Report on horse surra - Volume I
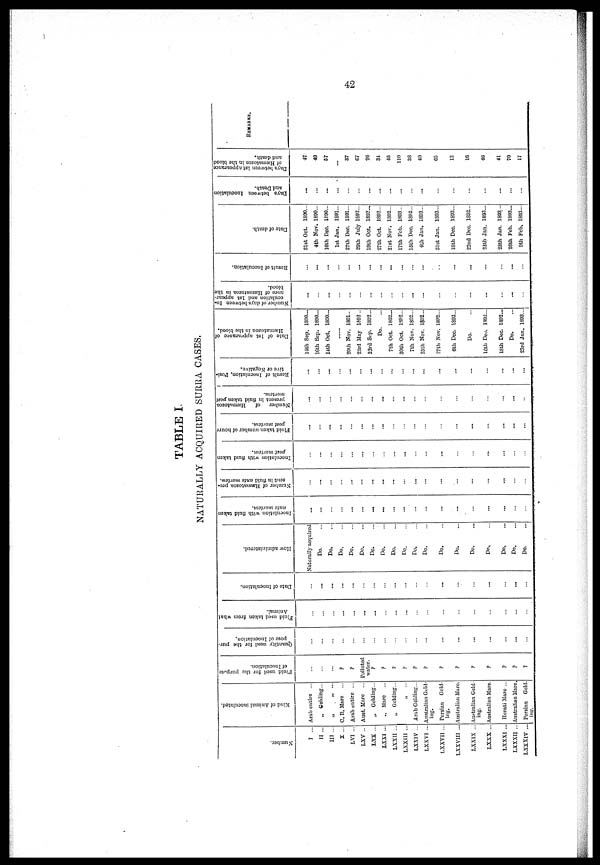
TABLE I
NATURALLY ACQUIRED SURRA CASES.
Number.
I ...
II ...
III ...
X ...
LVI ...
LXV ..
LXX ...
LXXI ...
LXXII ...
LXXIII ...
LXXIV ...
LXXVI ...
LXXVII ...
LXXVIII ...
LXXIX ...
LXXX ...
LXXXI ...
LXXXII ...
LXXXIV ...
Kind of Animal inoculated.
Arab entire ...
„ Gelding...
„ „ ...
C. B. Mare ...
Arab entire ...
Aust. Marc ...
„ Gelding...
., Marc ...
„ Golding...
„ ...
Arab Gelding...
Australian Geld-
ing.
Persian Geld-
ing.
Australian Marc.
Australian Geld-
ing.
Australian Mare.
Herati Mare ...
Australian Mare.
Persian Geld-
ing.
Fluid used lor the purpose
of Inoculation.
...
...
...
?
?
Polluted
water.
?
?
?
?
?
?
?
?
?
?
?
?
?
Quantity used for the pur.
pose of Inoculation.
...
...
...
...
...
...
...
...
...
...
...
...
...
...
...
...
...
...
...
Fluid used taken from what
Animal.
...
...
...
...
...
...
...
...
...
...
...
...
...
...
...
...
...
...
...
Date of Inoculation.
...
...
...
...
...
...
...
...
...
...
...
...
...
...
...
...
...
...
...
How administered.
Naturally acquired
Do.
Do.
Do.
Do.
Do.
Do.
Do.
Do.
Do.
Do.
Do.
Do.
Do.
Do.
Do.
Do.
Do.
Do.
Inoculation with fluid taken
ante mortem.
...
...
...
...
...
...
...
...
...
...
...
...
...
...
...
...
...
...
...
Number of Hæmatozoa pre-
sent in fluid ante mortem.
...
...
...
...
...
...
...
...
...
...
...
...
...
...
...
...
...
...
...
Inoculation with fluid taken
post mortem.
...
...
...
...
...
...
...
...
...
...
...
...
...
...
...
....
...
...
...
Fluid taken number of hours
post mortem.
...
...
...
...
...
...
...
...
...
...
...
...
...
...
...
...
...
...
...
Number of Hæmatozoa
present in fluid taken post
mortem.
...
...
...
...
...
...
...
...
...
...
...
...
...
...
...
...
...
...
...
Result of Inoculation, Posi-
tive or Negative.
...
...
...
...
...
...
...
...
...
...
...
...
...
...
...
...
...
...
...
Date of 1st appearance of
Hæmatozoa
in the blood.
14th Sep. 1890...
16th Sep. 1890...
14th Oct. 1800...
......
20th Nov. 1801..
23rd May 1802 ..
23rd Sep. 1892...
Do.
7th Oct. 1892...
30th Oct. 1892...
7th Nov. 1892...
25th Nov. 1892...
27th Nov. 1892...
6th Dec. 1892...
Do.
10th Dec. 1892...
18th Dec. 1892...
Do.
23rd Jan. 1893...
Number of days between In.
oculation and 1st appear-
ance of Hæmatozoa
in the
blood.
...
...
...
...
...
...
...
...
...
...
...
...
...
...
...
...
...
...
...
Result of Inoculation.
...
...
...
...
...
...
...
...
...
...
...
...
...
...
...
...
...
...
Date of death.
31st Oct. 1890...
4th Nov. 1890...
10th Dec. 1890...
1st Jan. 1891...
27th Dec. 1891...
29th July 1892...
19th Oct. 1892...
27th Oct. 1892...
21st Nov. 1892...
17th Feb. 1893...
15th Dec. 1892...
4th Jan. 1893...
31st Jan. 1893...
18th Dec 1892...
22nd Dec. 1892...
25th Jan. 1893...
28th Jan. 1893 ...
26th Feb. 1893...
9th Feb. 1893...
Days between Inoculation
and Death.
...
...
...
...
...
...
...
...
...
...
...
...
...
...
...
...
...
...
...
Days between 1st appearance
of Hæmatozoa
in the blood
and death.
47
49
57
...
37
67
26
34
45
110
38
40
65
12
16
46
41
70
17
REMARKS.
...
...
...
...
...
...
...
...
...
...
...
...
...
...
...
...
...
...
...
42